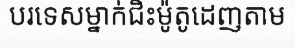
បរទេសម្នាក់ជិះម៉ូតូដេញតាម